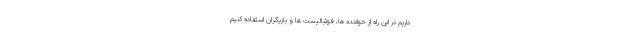
داریم در این راه از خواننده ها، فوتبالیست ها و بازیگران استفاده کنیم